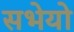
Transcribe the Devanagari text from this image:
सभेयो